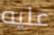
عليه